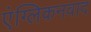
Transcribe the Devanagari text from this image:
एंग्लिकनवाद